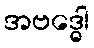
အဗဒ္ဓေါ